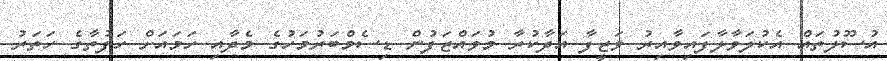
އުސޫލުތައް އެކުލަވާލާފައިވާއިރު ވަޒީފާ އަދާކުރާ މުވައްޒަފުން ޑިސެމްބަރުމަހުގެ މެދާއި ހަމައަށް ހަފުތާގެ ހަތަރު